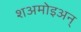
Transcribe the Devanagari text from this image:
शअमोइअन्